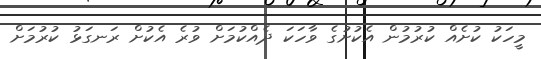
މީހަކު ކުށެއް ކުރުމުން އެކުށުގެ ވާހަކަ ދެއްކުމަށް ވުރެ އެކުށް ރަނގަޅު ކުރުމަށް